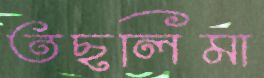
তছলিমা